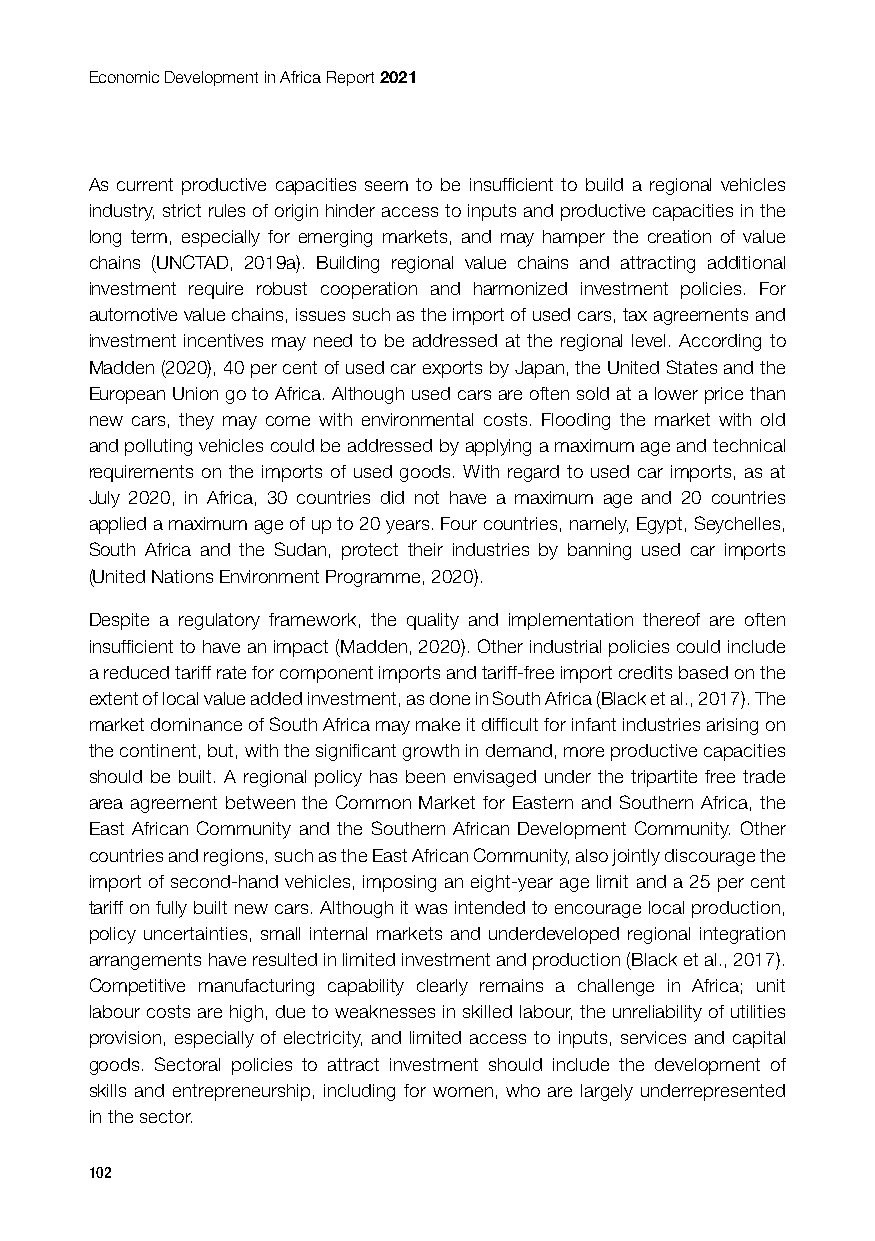
Economic Development in Africa Report 2021
 As current productive capacities seem to be insufficient to build a regional vehicles
 industry, strict rules of origin hinder access to inputs and productive capacities in the
 long term, especially for emerging markets, and may hamper the creation of value
 chains (UNCTAD, 2019a). Building regional value chains and attracting additional
 investment require robust cooperation and harmonized investment policies. For
 automotive value chains, issues such as the import of used cars, tax agreements and
 investment incentives may need to be addressed at the regional level. According to
 Madden (2020), 40 per cent of used car exports by Japan, the United States and the
 European Union go to Africa. Although used cars are often sold at a lower price than
 new cars, they may come with environmental costs. Flooding the market with old
 and polluting vehicles could be addressed by applying a maximum age and technical
 requirements on the imports of used goods. With regard to used car imports, as at
 July 2020, in Africa, 30 countries did not have a maximum age and 20 countries
 applied a maximum age of up to 20 years. Four countries, namely, Egypt, Seychelles,
 South Africa and the Sudan, protect their industries by banning used car imports
 (United Nations Environment Programme, 2020).
 Despite a regulatory framework, the quality and implementation thereof are often
 insufficient to have an impact (Madden, 2020). Other industrial policies could include
 a reduced tariff rate for component imports and tariff-free import credits based on the
 extent of local value added investment, as done in South Africa (Black et al., 2017). The
 market dominance of South Africa may make it difficult for infant industries arising on
 the continent, but, with the significant growth in demand, more productive capacities
 should be built. A regional policy has been envisaged under the tripartite free trade
 area agreement between the Common Market for Eastern and Southern Africa, the
 East African Community and the Southern African Development Community. Other
 countries and regions, such as the East African Community, also jointly discourage the
 import of second-hand vehicles, imposing an eight-year age limit and a 25 per cent
 tariff on fully built new cars. Although it was intended to encourage local production,
 policy uncertainties, small internal markets and underdeveloped regional integration
 arrangements have resulted in limited investment and production (Black et al., 2017).
 Competitive manufacturing capability clearly remains a challenge in Africa; unit
 labour costs are high, due to weaknesses in skilled labour, the unreliability of utilities
 provision, especially of electricity, and limited access to inputs, services and capital
 goods. Sectoral policies to attract investment should include the development of
 skills and entrepreneurship, including for women, who are largely underrepresented
 in the sector.
 102